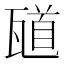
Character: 𪼼